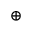
\oplus